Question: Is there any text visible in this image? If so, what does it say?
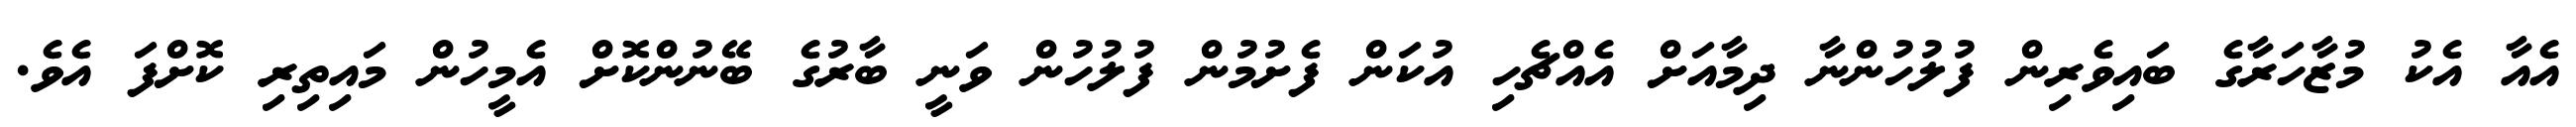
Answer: އެއާ އެކު މުޒާހަރާގެ ބައިވެރިން ފުލުހުންނާ ދިމާއަށް އެއްޗެހި އުކަން ފެށުމުން ފުލުހުން ވަނީ ބާރުގެ ބޭނުންކޮށް އެމީހުން މައިތިރި ކޮށްފަ އެވެ.